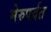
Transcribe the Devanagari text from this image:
मेरुपर्वत